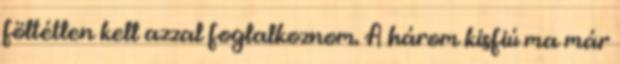
föltétlen kell azzal foglalkoznom. A három kisfiú ma már